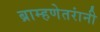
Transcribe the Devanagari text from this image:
ब्राम्हणेतरांनी